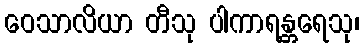
ဝေသာလိယာ တီသု ပါကာရန္တရေသု၊